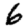
Digit: 6